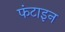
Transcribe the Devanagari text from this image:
फंटाइन